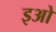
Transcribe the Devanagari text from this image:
इओ